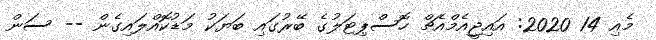
މެއި 14 2020: އައިޖީއެމްއެޗް ހޮސްޕިޓަލުގެ ބޭރުގައި ބަޔަކު މަޑުކޮއްލައިގެން -- ސަން